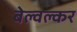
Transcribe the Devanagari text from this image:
बेल्वल्कर